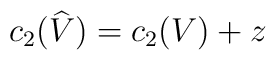
c_{2}(\widehat{V})=c_{2}(V) +z